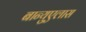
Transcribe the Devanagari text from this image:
बान्युएलास